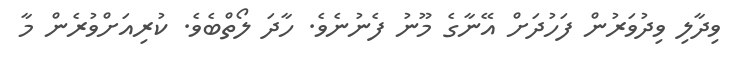
ވިދާލި ވިދުވަރުން ފަހުދަށް އޭނާގެ މޫނު ފެނުނެވެ. ހާދަ ލޯތްބެވެ. ކުރިއަށްވުރެން މާ